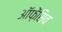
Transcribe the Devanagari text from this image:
ऑफ़ेंसिव